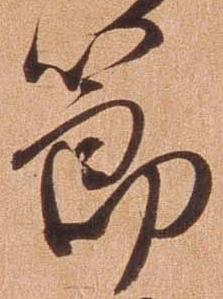
節